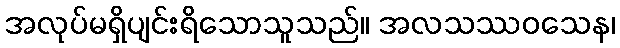
အလုပ်မရှိပျင်းရိသောသူသည်။ အလသဿဝသေန၊